Medical and sanitary report of the native army of Bengal for the year
Year: 1878
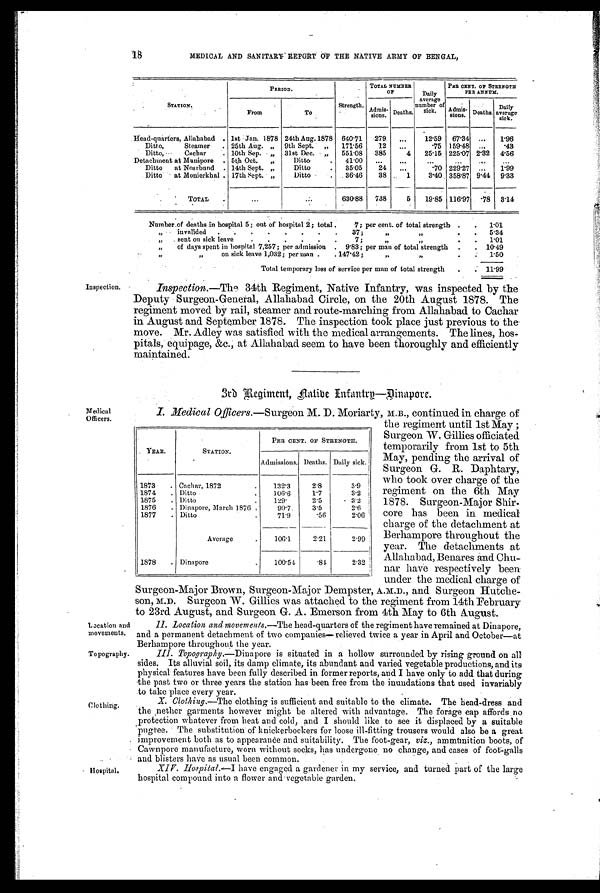
Inspection.
18 MEDICAL AND SANITARY REPORT OF THE NATIVE ARMY OF BENGAL,
S T A T I O N .
PERIOD.
Strength.
TOTAL NUMBER
OF
Daily
average
number of
sick.
PER CENT. OF STRENGTH
PER ANNUM.
From
To
Admis- sions. Deaths.
Admis- sions. Deaths. Daily
average sick.
Head-quarters, Allahabad . 1st Jan. 1878 24th Aug. 1878 640.71 279 . . .
12.59 67.34 ... 1.96
Ditto, Steamer . 25th Aug. „ 9th Sept.
„
171.56 12 ...
.75 159.48
. . .
. 43
Ditto, Cachar
. 10th Sep. „ 31st Dec. „ 551.08 385
4 25.15 225.07 2.32 4.56
Detachment at Munipore . 5th Oct. „
Ditto
. 41.00 ...
...
...
...
...
...
Ditto at Noarbund . 14th Sept. „
Ditto
. 35.05
24 . . .
.70 229.27 ... 1.99
Ditto at Monierkhal . 17th Sept. „
Ditto
. 36.46 38
1
3.40 358.87 9.44 9.33
TOTAL .
...
...
630.88 738
5 19.85 116.97
. 7 8 3.14
Number.of deaths in hospital 5; out of hospital 2; total .
7; per cent. of total strength . . 1.01
„ invalided . . . .
. . . . 37;
„ „
. . 5.34
„ sent on sick leave
. . .
. . .
7;
„ „
. . 1.01
„ of days spent in hospital 7,257; per admission . 9.83; per man of total strength . . 10.49
„
„
on sick leave 1,032; per man . . 147.42 ;
„ „
.
.
1.50
Total temporary loss of service per man of total strength . . 11.99
Inspection.—The 34th Regiment, Native Infantry, was inspected by the
Deputy Surgeon-General, Allahabad Circle, on the 20th August 1878. The
regiment moved by rail, steamer and route-marching from Allahabad to Cachar
in August and September 1878. The inspection took place just previous to the
move. Mr. Adley was satisfied with the medical arrangements. The lines, hos-
pitals, equipage, &c., at Allahabad seem to have been thoroughly and efficiently
maintained.
3rd Regiment, Native Infantry—Dinapore.
Medical
Officers.
Location and
movements.
Topography.
Clothing.
Hospital.
I. Medical Officers.— Surgeon M. D. Moriarty, M.B., continued in charge of
the regiment until 1st May ;
Surgeon W. Gillies officiated
temporarily from 1st to 5th
May, pending the arrival of
Surgeon G. R. Daphtary,
who took over charge of the
regiment on the 6th May
1878. Surgeon-Major Shir-
core has been in medical
charge of the detachment at
Berhampore throughout the
year. The detachments at
Allahabad, Benares and Chu-
nar have respectively been
under the medical charge of
Surgeon-Major Brown, Surgeon-Major Dempster, A.M.D., and Surgeon Hutche-
son, M.D. Surgeon W. Gillies was attached to the regiment from 14th February
to 23rd. August, and Surgeon G. A. Emerson from 4th May to 6th August.
II. Location and movements.— The head-quarters of the regiment have remained at Dinapore,
and a permanent detachment of two companies—relieved twice a year in April and October—at
Berhampore throughout the year.
Topography.—Dinapore is situated in a hollow surrounded by rising ground on all
sides. Its alluvial soil, its damp climate, its abundant and varied vegetable productions, and its
physical features have been fully described in former reports, and I have only to add that during
the past two or three years the station has been free from the inundations that used invariably
to take place every year.
X. Clothing.—The clothing is sufficient and suitable to the climate. The head-dress and
the nether garments however might be altered with advantage. The forage cap affords no
protection whatever from heat and cold, and I should like to see it displaced by a suitable
pugree. The substitution of knickerbockers for loose ill-fitting trousers would also be a great
improvement both as to appearance and suitability. The foot-gear, viz., ammunition boots, of
Cawnpore manufacture, worn without socks, has undergone no change, and cases of foot-galls
and blisters have as usual been common.
XIV.Hospital.—I have engaged a gardener in my service, and turned part of the large
hospital compound into a flower and-vegetable garden.
YEAR.
STATION.
PER CENT. OF STRENGTH.
Admissions. Deaths. Daily sick.
1873 . Cachar, 1872
.
132.3
2.8
3.9
1874 . Ditto
.
106.6
1.7
3.2
1875 . Ditto
.
129.
2.5
3.2
1876 . Dinapore, March 1876
90.7.
3.5
2.6
1877 . Ditto
71.9
.56
2.06
Average
106.1
2.21.
2.99
1878 . Dinapore
.
100.54
.84
2.32